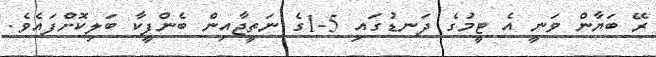
ރޭ ބަޔާން ވަނީ އެ ޓީމުގެ ދަނޑުގައި 5-1ގެ ނަތީޖާއިން ބެންފީކާ ބަލިކޮށްފައެވެ.